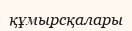
құмырсқалары